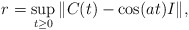
\begin{align*} r = \sup_{t\geq0}\|C(t)-\cos(at)I\|,\end{align*}